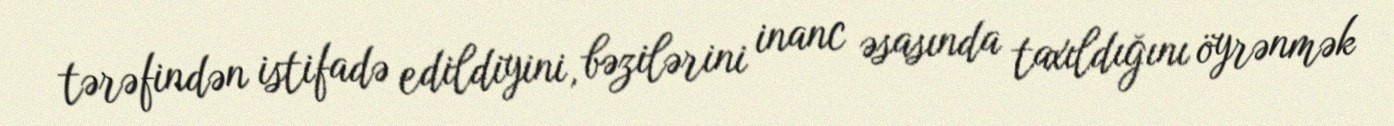
tərəfindən istifadə edildiyini, bəzilərini inanc əsasında taxıldığını öyrənmək